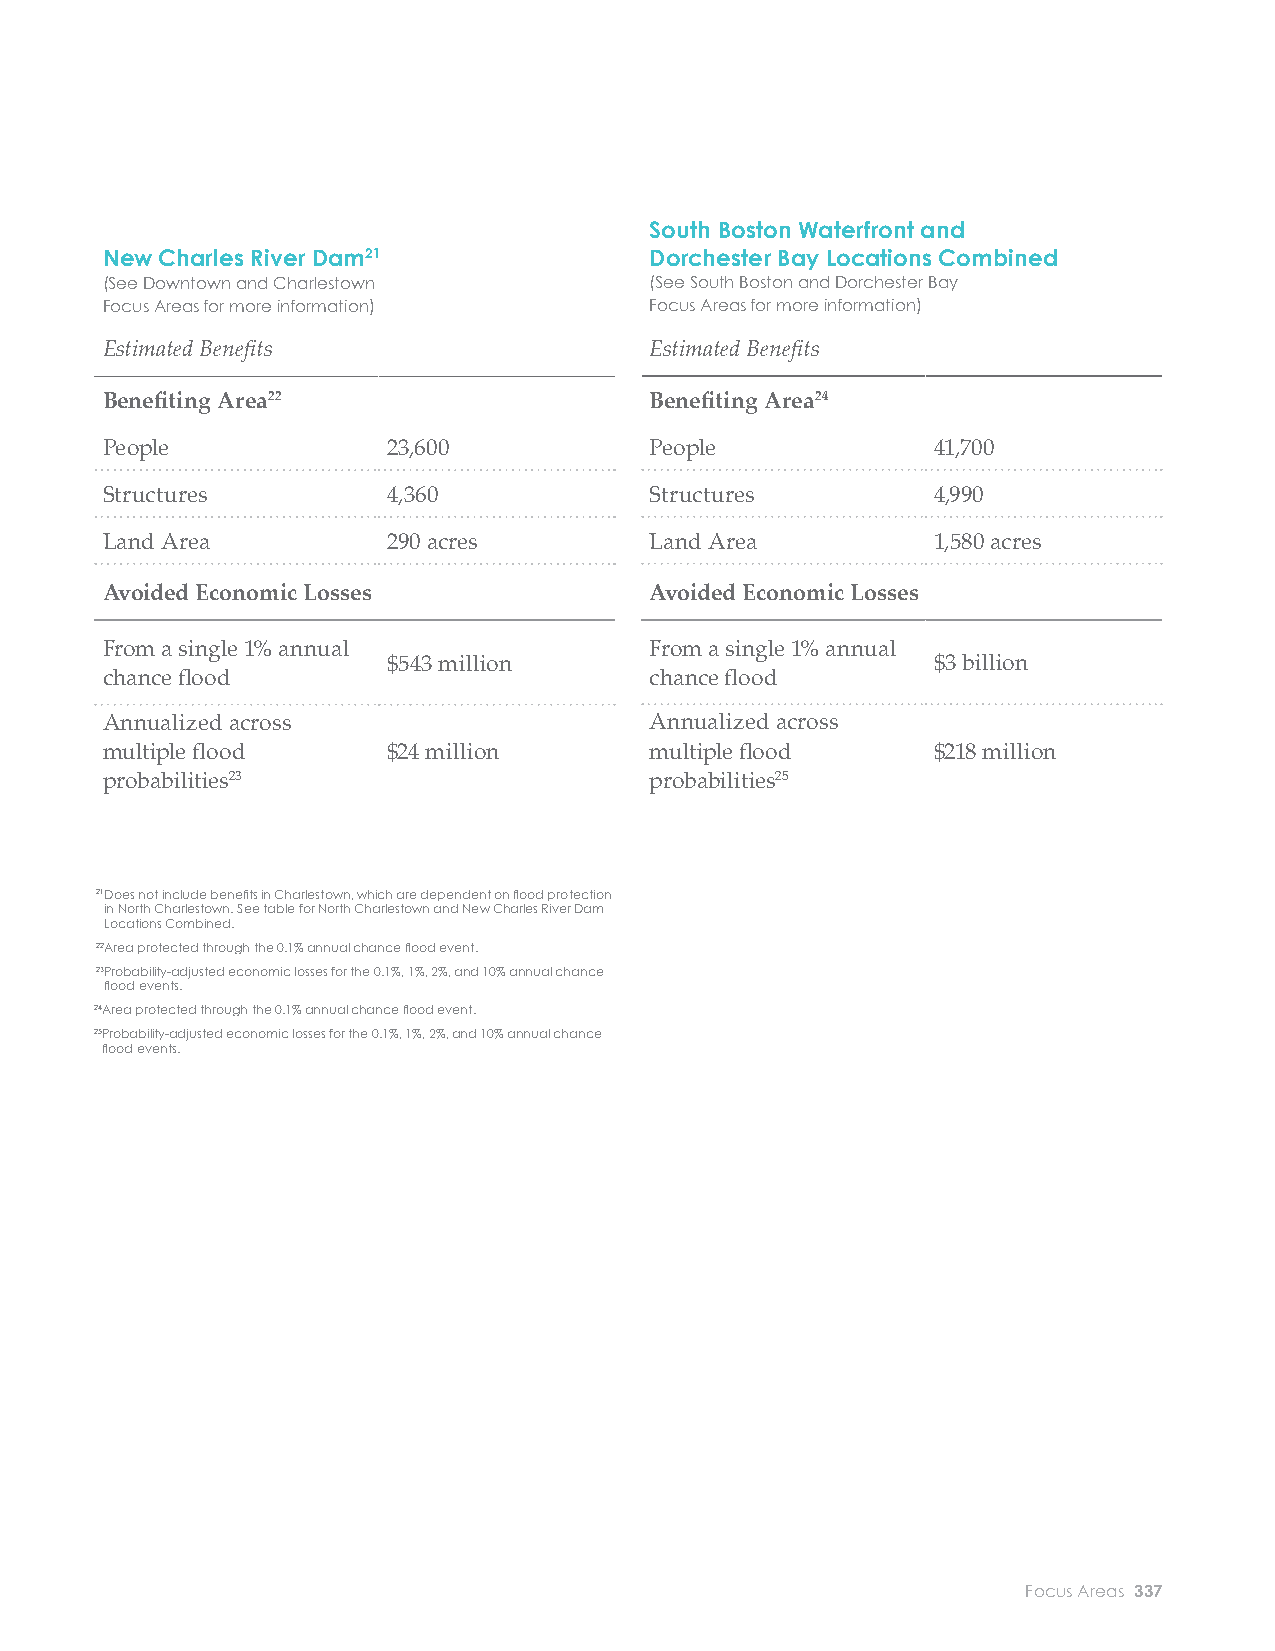
21 INCHES SLR (2050S- 2100S)
 W FLOOD PROTECTION FOR 1% ANNUAL CHANCE FLOOD
 South Boston Waterfront and
 New Charles River Dam21             Dorchester Bay Locations Combined
 (See Downtown and Charlestown       (See South Boston and Dorchester Bay
 Focus Areas for more information)   Focus Areas for more information)
 Estimated Benefi ts                 Estimated Benefi ts
 Benefi ting Area22                  Benefi ting Area24
 People             23,600           People             41,700
 Structures         4,360            Structures         4,990
 New Charles
 River Dam Land Area       290 acres        Land Area          1,580 acres
 Avoided Economic Losses             Avoided Economic Losses
 From a single 1% annual             From a single 1% annual
 $543 million                        $3 billion
 chance fl ood                       chance fl ood
 South Boston
 Waterfront Annualized across               Annualized across
 multiple fl ood    $24 million      multiple fl ood    $218 million
 probabilities23                     probabilities25
 Dorchester
 Bay   21 Does not include benefi ts in Charlestown, which are dependent on fl ood protection
 in North Charlestown. See table for North Charlestown and New Charles River Dam
 Locations Combined.
 22Area protected through the 0.1% annual chance fl ood event.
 23 Probability-adjusted economic losses for the 0.1%, 1%, 2%, and 10% annual chance
 fl ood events.
 24Area protected through the 0.1% annual chance fl ood event.
 25 Probability-adjusted economic losses for the 0.1%, 1%, 2%, and 10% annual chance
 fl ood events.
 336 City of Boston: Climate Ready Boston                            Focus Areas 337